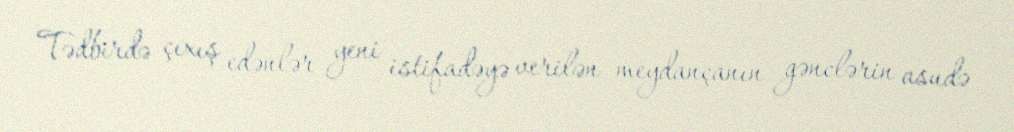
Tədbirdə çıxış edənlər yeni istifadəyə verilən meydançanın gənclərin asudə